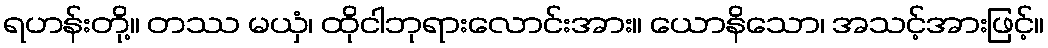
ရဟန်းတို့။ တဿ မယှံ၊ ထိုငါဘုရားလောင်းအား။ ယောနိသော၊ အသင့်အားဖြင့်။